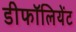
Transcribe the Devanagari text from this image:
डीफॉलियेंट